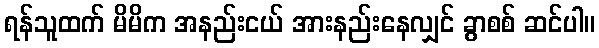
ရန်သူထက် မိမိက အနည်းငယ် အားနည်းနေလျှင် ခွာစစ် ဆင်ပါ။